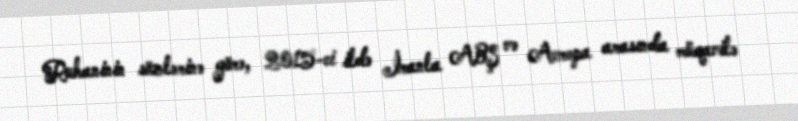
Ruhaninin sözlərinə görə, 2015-ci ildə İranla ABŞ və Avropa arasında müqavilə